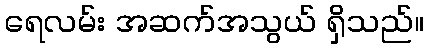
ရေလမ်း အဆက်အသွယ် ရှိသည်။